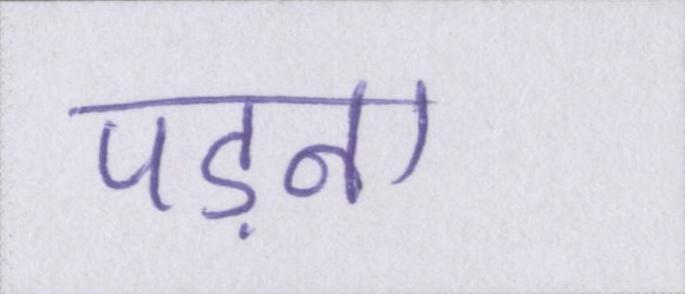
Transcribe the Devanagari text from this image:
पड़ना